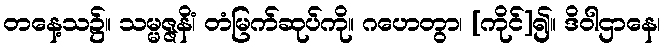
တနေ့သ၌။ သမ္မဇ္ဇနိံ၊ တံမြက်ဆုပ်ကို။ ဂဟေတွာ၊ [ကိုင်]၍။ ဒိဝါဌာနေ၊